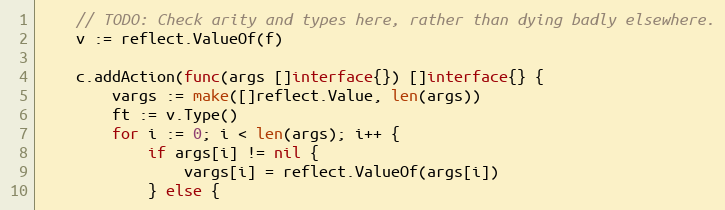
Language: Go
	// TODO: Check arity and types here, rather than dying badly elsewhere.
	v := reflect.ValueOf(f)

	c.addAction(func(args []interface{}) []interface{} {
		vargs := make([]reflect.Value, len(args))
		ft := v.Type()
		for i := 0; i < len(args); i++ {
			if args[i] != nil {
				vargs[i] = reflect.ValueOf(args[i])
			} else {